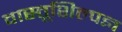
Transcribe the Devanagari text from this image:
वास्तूशिल्पज्ञ